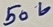
Text: 50V